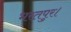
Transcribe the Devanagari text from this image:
भरतपुर।